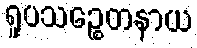
ရူပသဉ္စေတနာယ